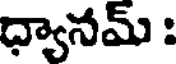
ధ్యానమ్ :